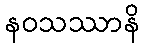
နဝသဿာနိ